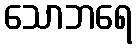
သောဘရေ